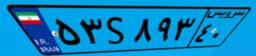
۵۳S۸۹۳۴۰